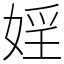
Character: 婬